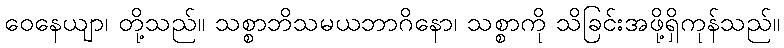
ဝေနေယျာ၊ တို့သည်။ သစ္စာဘိသမယဘာဂိနော၊ သစ္စာကို သိခြင်းအဖို့ရှိကုန်သည်။